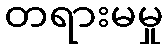
တရားမမှု